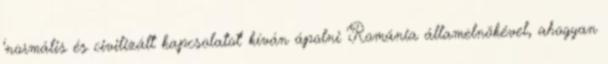
'normális és civilizált kapcsolatot' kíván ápolni Románia államelnökével, ahogyan